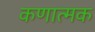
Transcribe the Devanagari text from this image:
कणात्मक